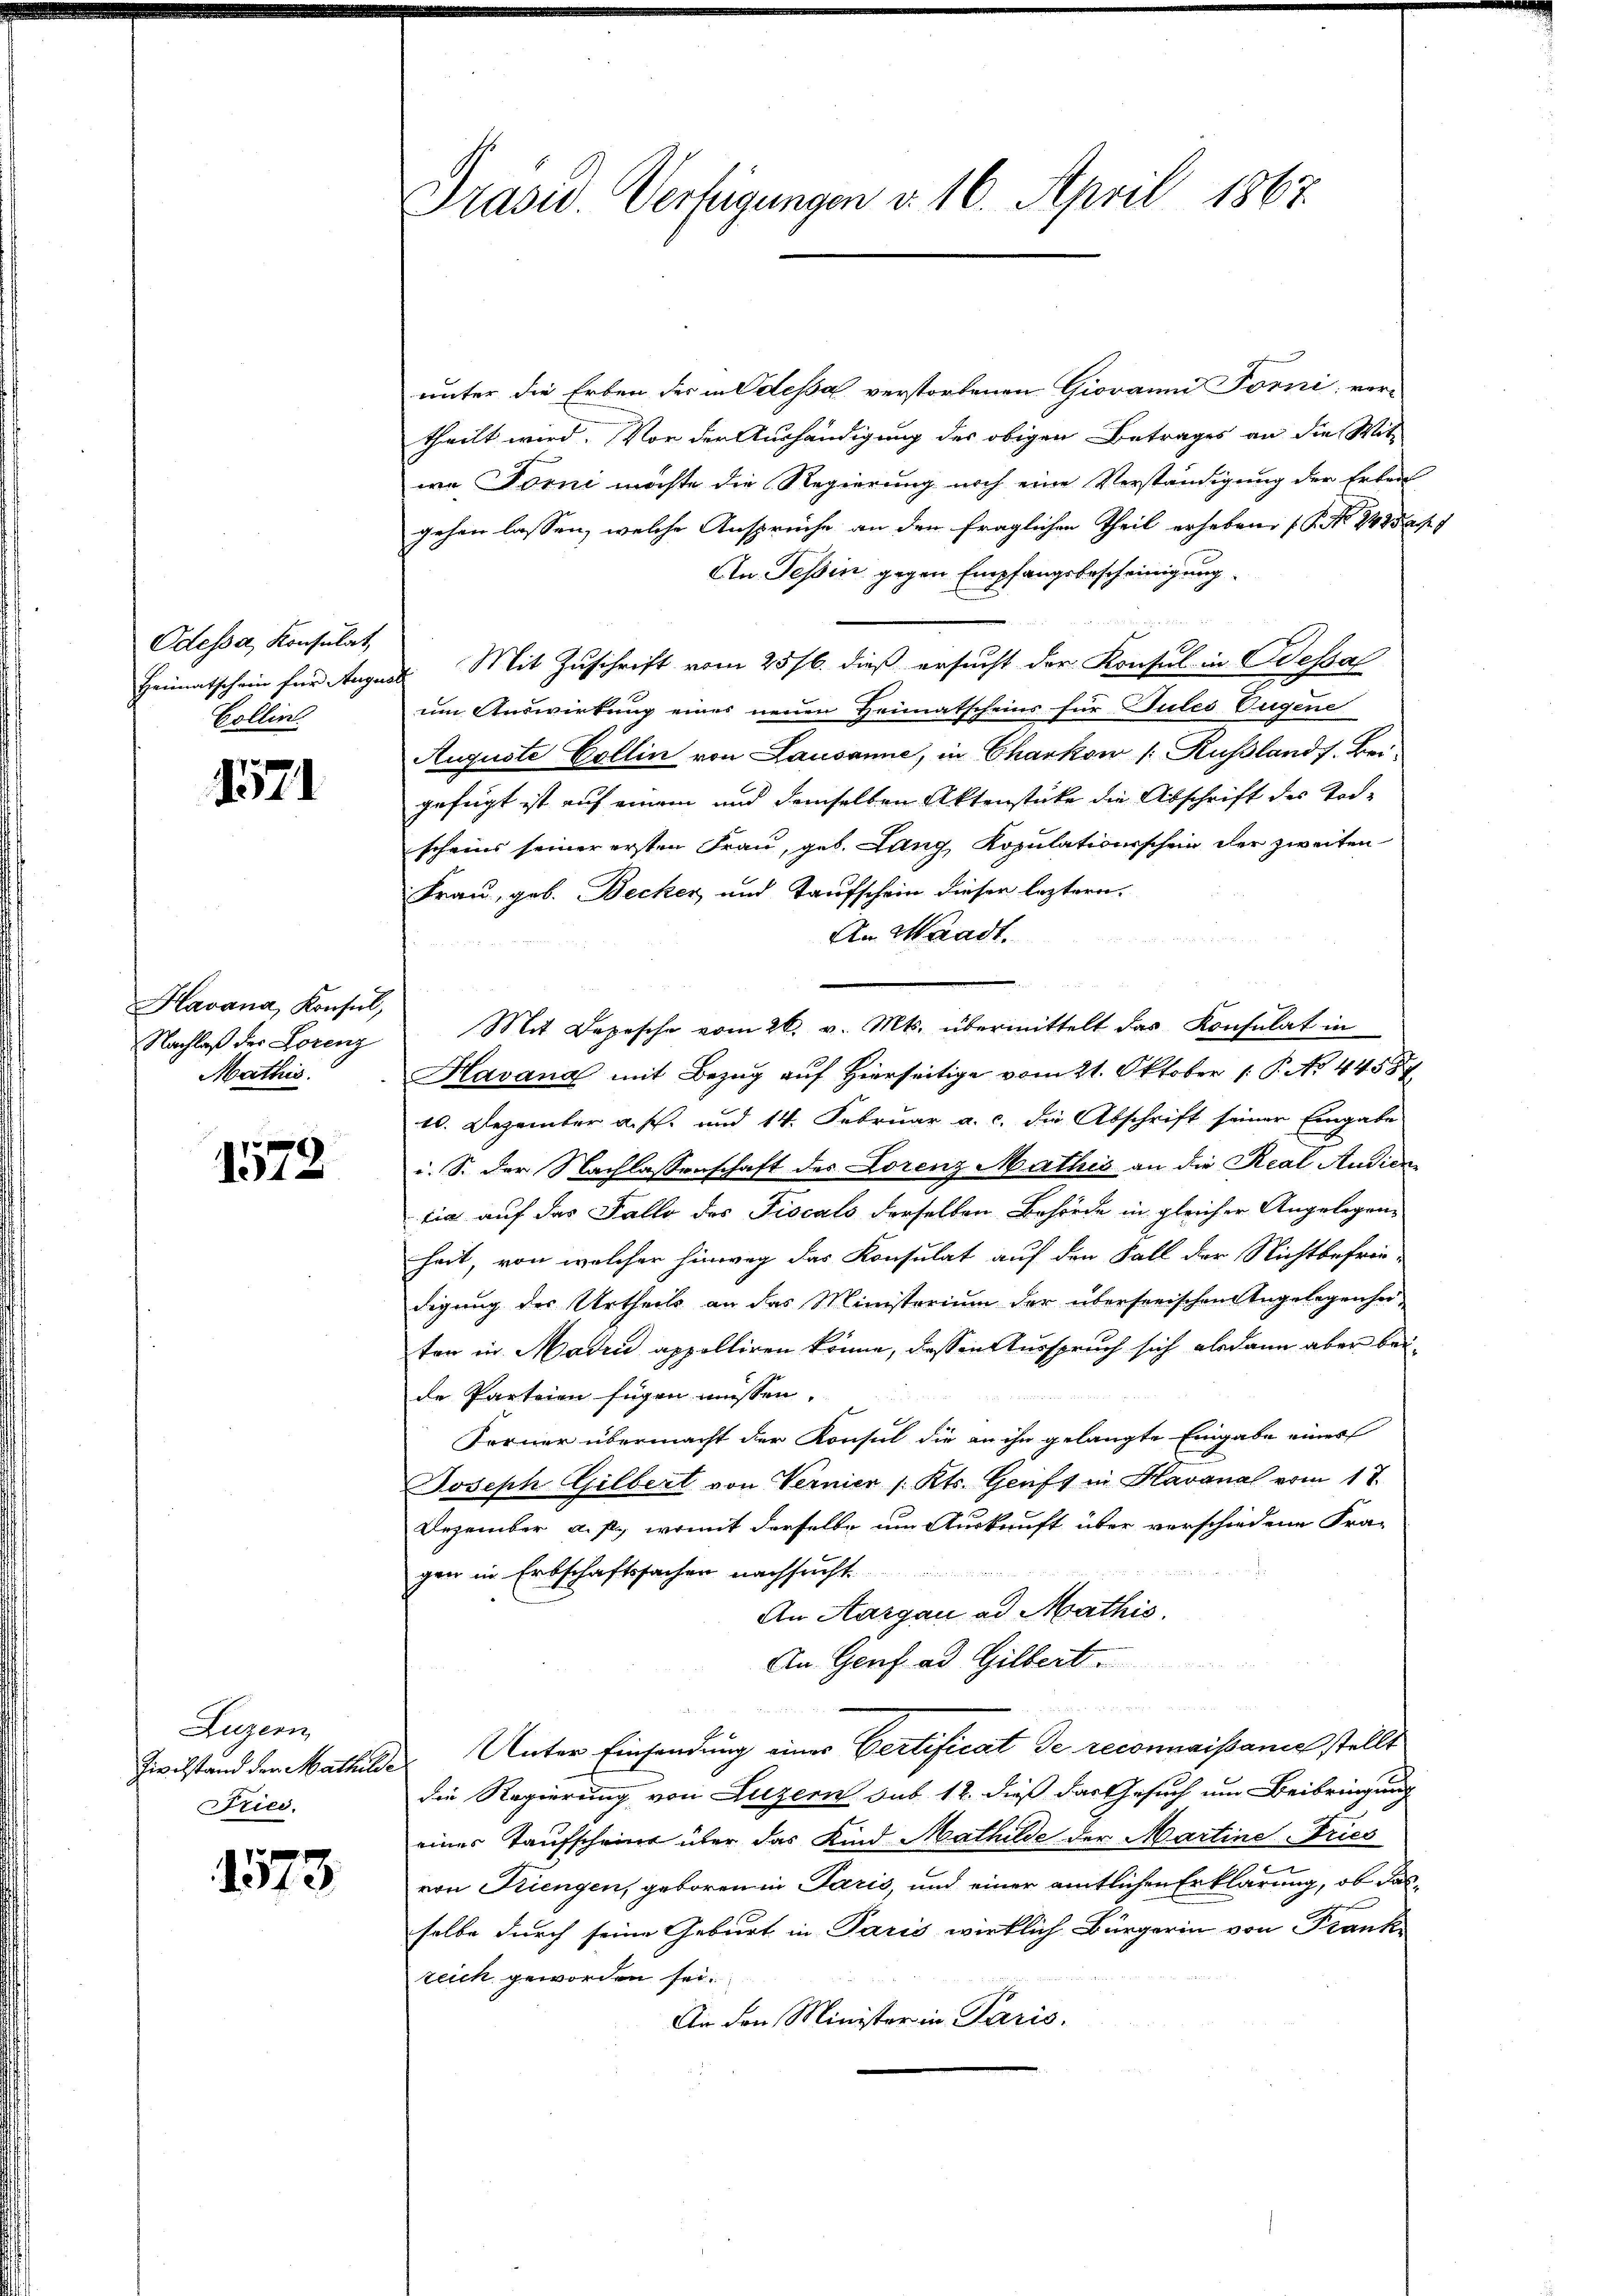
Odessa, Konsulat,
Collin.

1571

Havana, Konsul,
Nachlaß der Lorenz
Mathis

1578

Luzern
Fried.

1573

unter die Erben der in dessa verstorbenen Giovan Torni ver-
theilt wird. Vor der Aushändigung des obigen Betrages an die Wit-
we Forni möchte die Regierung noch eine Verständigung der Erbeit
gehen lassen, welche Ansprüche an den fraglichen Theil erheben (§. No 24 250 f
An Tessin gegen Empfangsbescheinigung
Heimatschein für August. Mit Zuschrift vom 25/6. dieß ersucht der Konsul in Wessal
um Auswirkung eines neuen Heimatscheins für Tules Eugene
Auguste Collin von Lausanne, in Charkow /: Rußlandf. Bei-
gefügt ist auf einem und demselben Aktenstücke die Abschrift des Todscheins seiner ersten Frau, geb. Lang, Kopulationsschein der zweiten
Frau, geb. Becker, und Taufschein dieser leztern.
An Waadt.
Mit Depesche vom 26. v. Mts. übermittelt das Konsulat in
Havana mit Bezug auf Hierseitige vom 21. Oktober 1 P. No 44587
10. Dezember a. f. und 14. Februar a. c. die Abschrift seiner Eingabe
i. S. der Nachlassenschaft des Lorenz Mathis an die Real Audien
tia auf das Fallo des Fiscals derselben Behörde in gleicher Angelegen-
heit, von welcher hinweg das Konsulat auf den Fall der Nichtbefrie-
digung des Urtheils an das Ministerium der überseeischen Angelegenheiten in Maden appolliren könne, dessen Ausspruch sich alsdann aber beide Parteien fügen müssen.
Forner übermacht der Konsul die an ihn gelangte Eingabe einer
Joseph Gilbert von Vernier /: Kts. Genf in Havanal vom 17.
Dezember a. p., womit derselbe um Auskunft über verschiedene Fra-

gen in Erbschaftssachen nachsucht
An Aargau ad Mathis
An Genf ad Gilbert.
a
Zwilstand der Mathilde Unter Einsendung einer Certificat de reconnaissaniel stellt
die Regierung von Luzern sub 12. dieß das Gesuch um Beibringung
einer Taufscheine über das Kind Mathilde der Martine Fries
von Kriengen, geboren in Paris, und einer amtlichen Erklärung, ob dasselbe durch seine Geburt in Paris wirklich Bürgerin von Franke
reich geworden sei.
An den Minister in Paris.

Präsid. Verfügungen v. 16. April 1867.